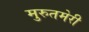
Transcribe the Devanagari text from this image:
मुरुतमेरी